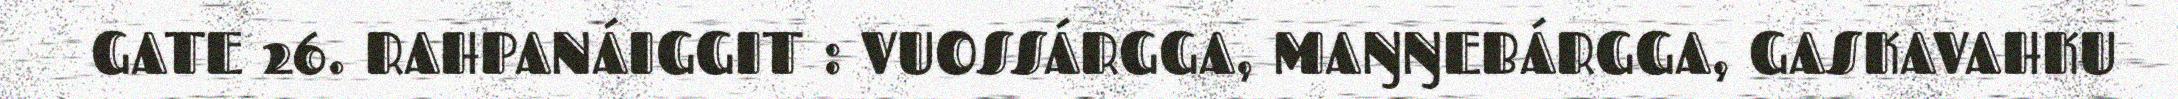
GATE 26. RAHPANÁIGGIT : VUOSSÁRGGA, MAŊŊEBÁRGGA, GASKAVAHKU